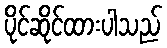
ပိုင်ဆိုင်ထားပါသည်